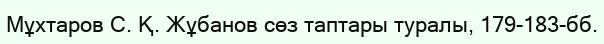
Мұхтаров С. Қ. Жұбанов сөз таптары туралы, 179-183-бб.